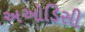
અઓડિસી